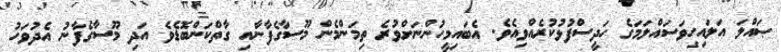
ޞައްލަ އަލައިހިވަސައްލަމަގެ ހަދީސްފުޅުކުރެއްވިއެވެ. އެބައިމީހުންނަށްވުރެ ތިމަންމެން މޫސާގެފާނާއި ގާތްކަންބޮޑެވެ އަދި މޫސާގެފާނު އެދުވަހު